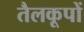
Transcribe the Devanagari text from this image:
तैलकूपों